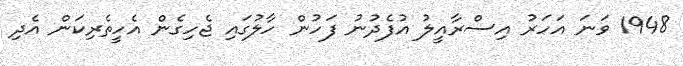
1948 ވަނަ އަހަރު އިސްރާއީލު އުފެދުނު ފަހުން ހާލުގައި ޖެހިގެން އެހީތެރިކަން އެދި